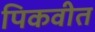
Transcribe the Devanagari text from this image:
पिकवीत